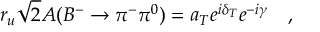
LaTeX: r _ { u } \sqrt { 2 } A ( B ^ { - } \to \pi ^ { - } \pi ^ { 0 } ) = a _ { T } e ^ { i \delta _ { T } } e ^ { - i \gamma } ~ ~ ~ ,